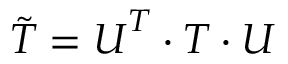
\boldsymbol { \tilde { T } } = \boldsymbol { U } ^ { T } \cdot \boldsymbol { T } \cdot \boldsymbol { U }